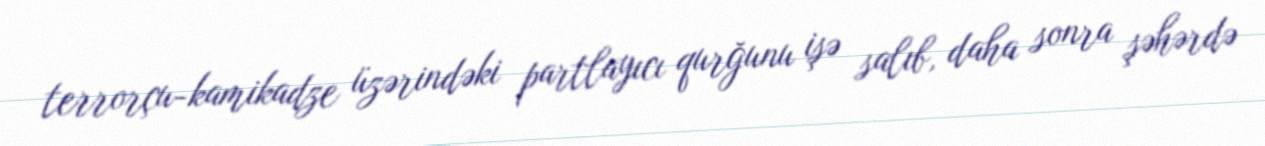
terrorçu-kamikadze üzərindəki partlayıcı qurğunu işə salıb, daha sonra şəhərdə